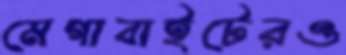
মেগাবাইটেরও